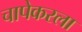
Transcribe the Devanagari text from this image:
चापेकरला